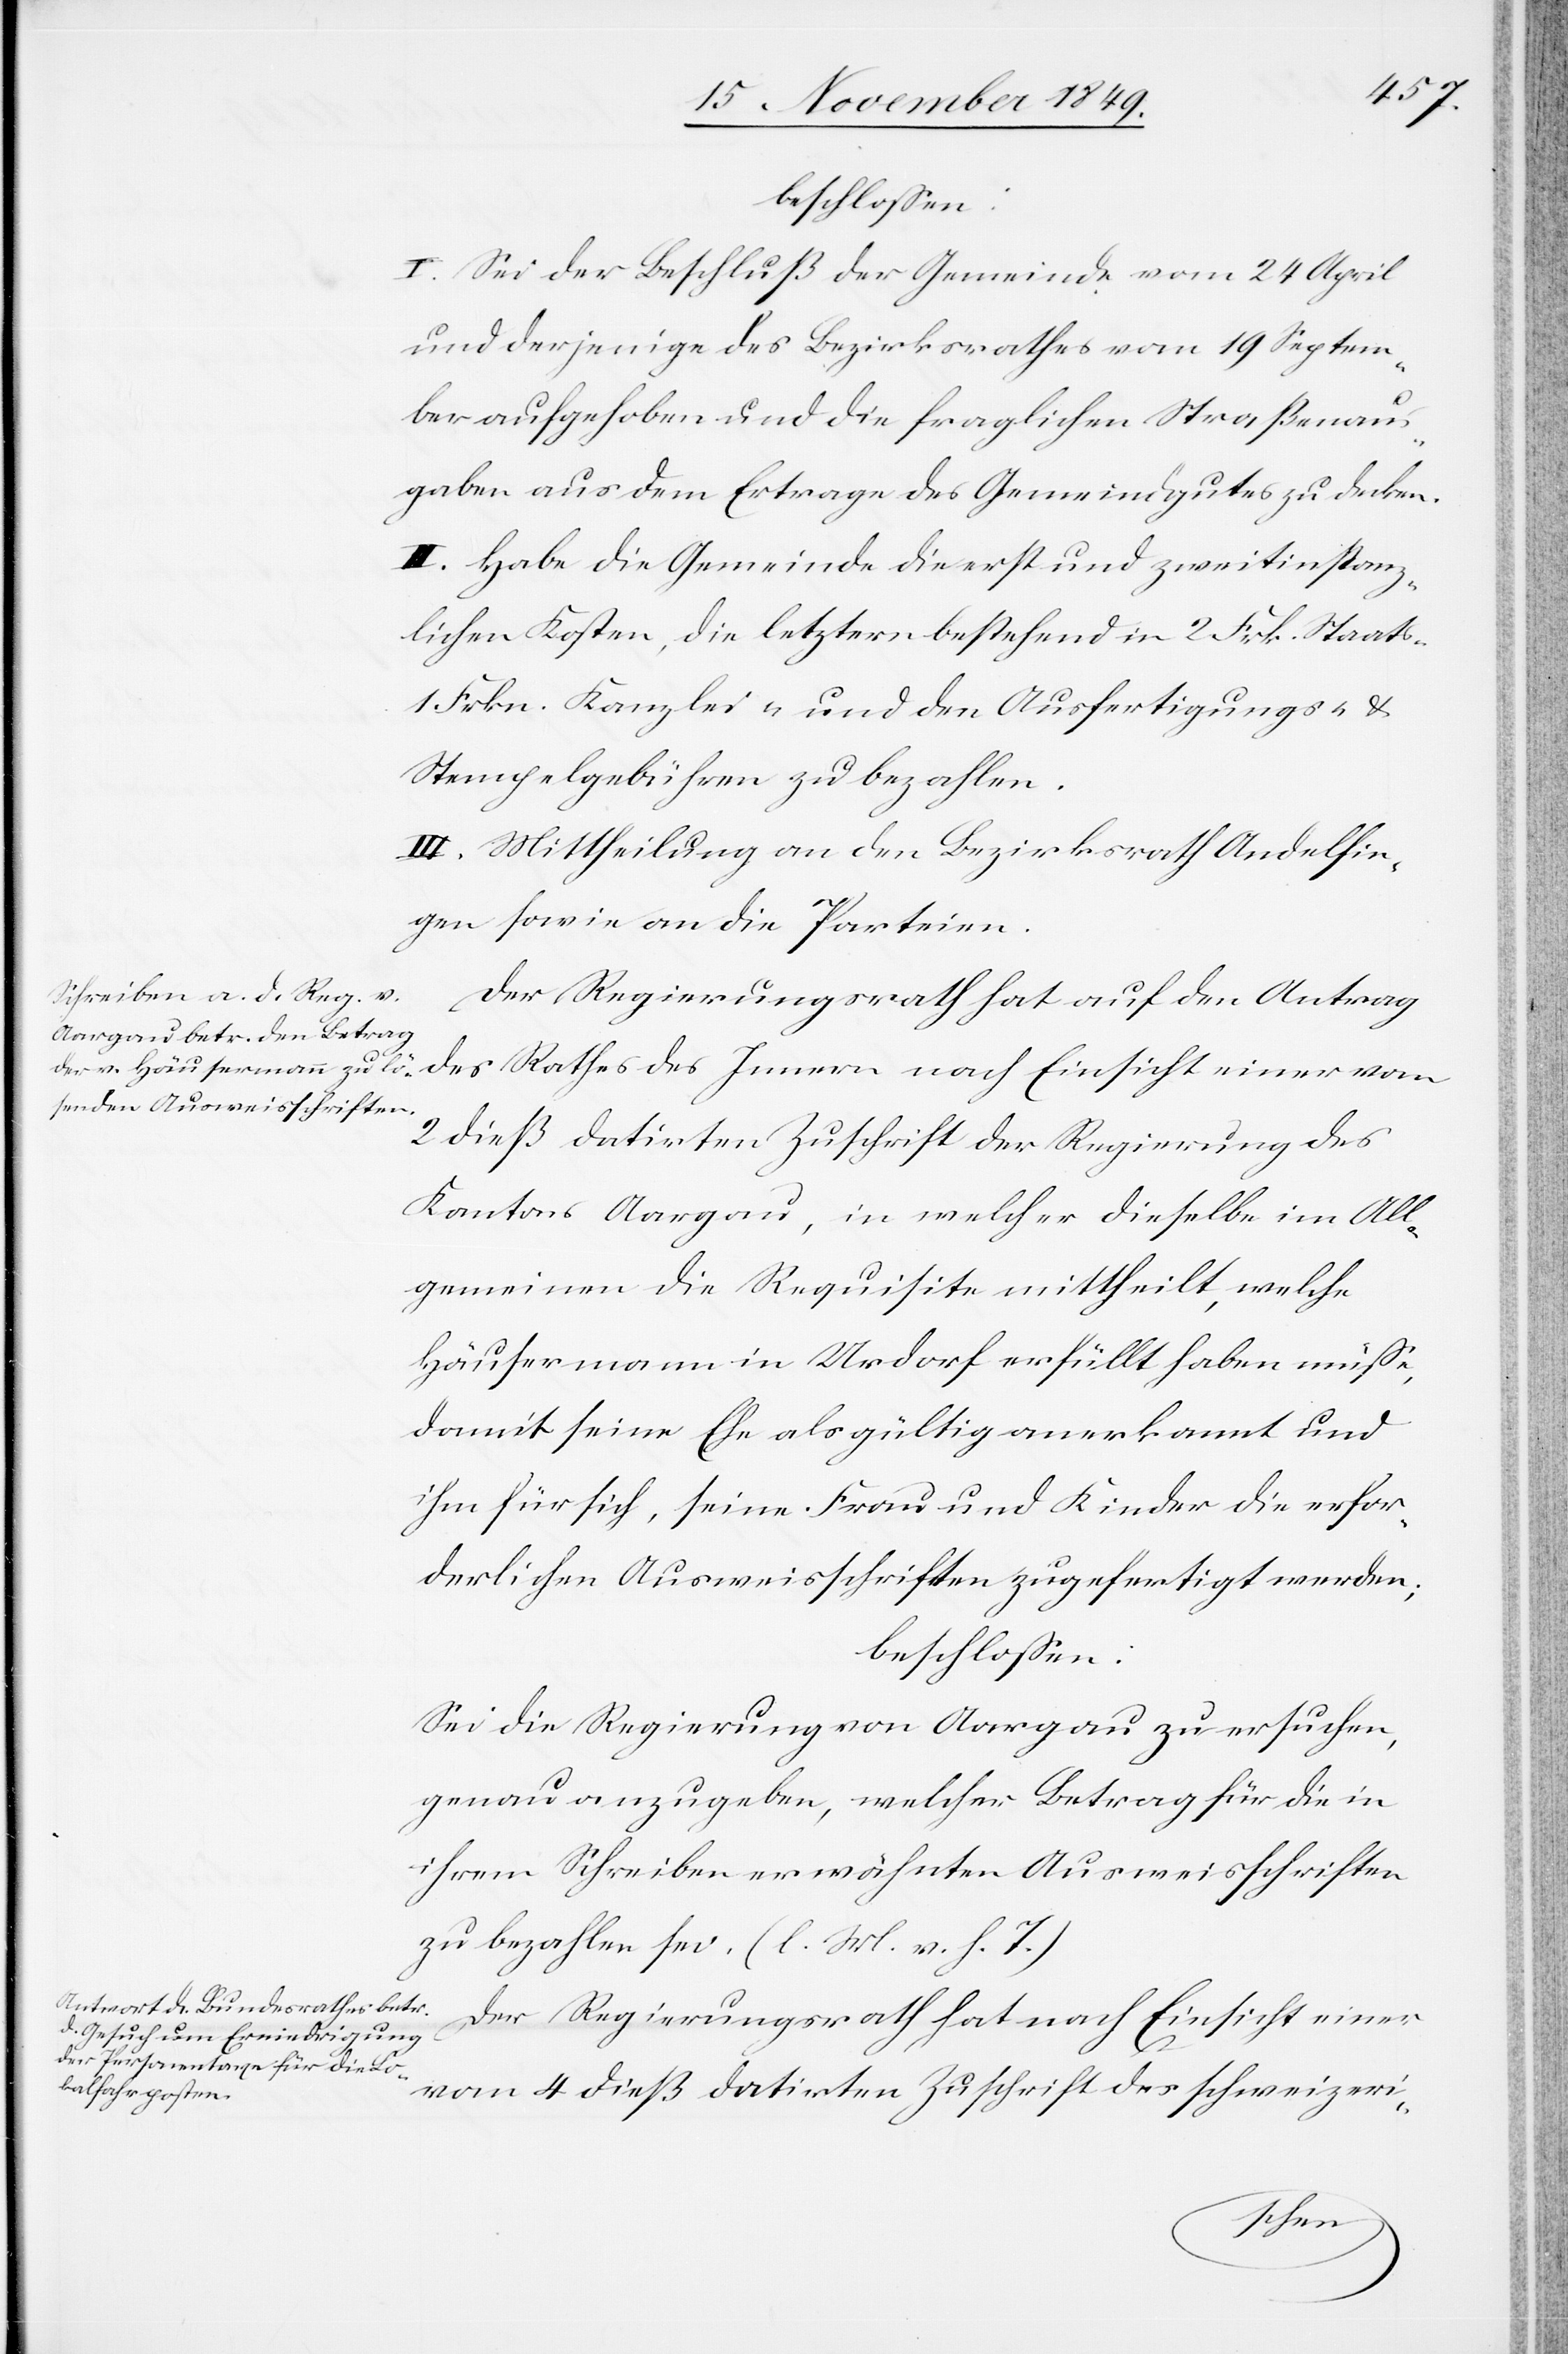
beschloßen:
I. Sei der Beschluß der Gemeinde vom 24 April
und derjenige des Bezirksrathes vom 19 Septem¬
ber aufgehoben und die fraglichen Straßenaus¬
gaben aus dem Ertrage des Gemeindsgutes zu decken.
II. Habe die Gemeinde die erst und zweitinstanz¬
lichen Kosten, die letztern bestehend in 2 Frk. Staats-
1 Frkn. Kanzlei- und den Ausfertigungs- u.
Stempelgebühren zu bezahlen.
III. Mittheilung an den Bezirksrath Andelfin¬
gen sowie an die Parteien.
Der Regierungsrath hat auf den Antrag
des Rathes des Innern nach Einsicht einer vom
2 dieß datirten Zuschrift der Regierung des
Kantons Aargau, in welcher dieselbe im All¬
gemeinen die Requisite mittheilt, welche
Häusermann in Urdorf erfüllt haben müße,
damit seine Ehe als gültig anerkannt und
ihm für sich, seine Frau und Kinder erfor¬
derlichen Ausweisschriften zugefertigt werden;
beschloßen:
Sei die Regierung von Aargau zu ersuchen,
genau anzugeben, welcher Betrag für die in
ihrem Schreiben erwähnten Ausweisschriften
zu bezahlen sei. [l. M. v. h. T]
Der Regierungsrath hat nach Einsicht einer
vom 4 dieß datirten Zuschrift des schweizeri-